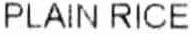
PLAIN RICE